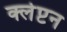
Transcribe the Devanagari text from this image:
क्लेप्टन